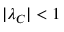
| \lambda _ { C } | < 1